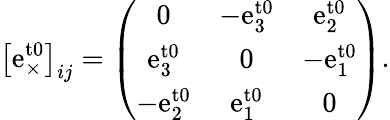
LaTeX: \left[\mathrm{e}_{\times}^{\mathrm{t0}}\right]_{ij}=\left(\begin{array}{ccc}{0}&{-\mathrm{e}_{3}^{\mathrm{t0}}}&{\mathrm{e}_{2}^{\mathrm{t0}}}\\ {\mathrm{e}_{3}^{\mathrm{t0}}}&{0}&{-\mathrm{e}_{1}^{\mathrm{t0}}}\\ {-\mathrm{e}_{2}^{\mathrm{t0}}}&{\mathrm{e}_{1}^{\mathrm{t0}}}&{0}\end{array}\right).